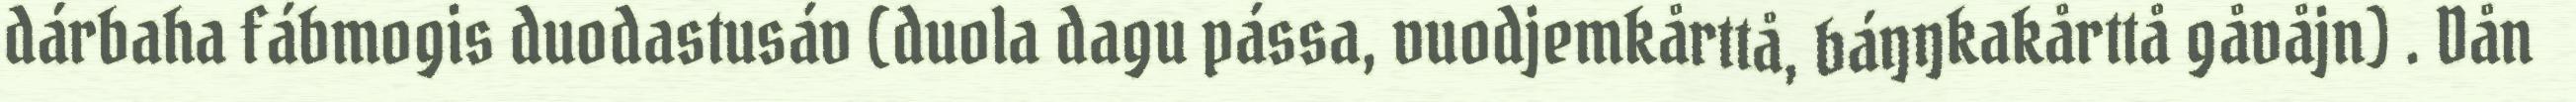
dárbaha fábmogis duodastusáv (duola dagu pássa, vuodjemkårttå, báŋŋkakårttå gåvåjn) . Dån